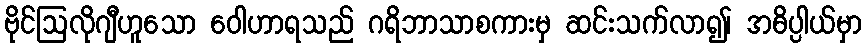
ဗိုင်ဩလိုဂျီဟူသော ဝေါဟာရသည် ဂရိဘာသာစကားမှ ဆင်းသက်လာ၍၊ အဓိပ္ပါယ်မှာ